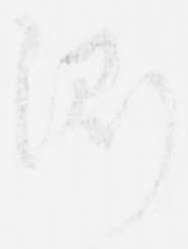
測